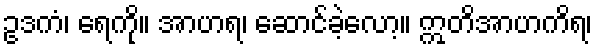
ဥဒကံ၊ ရေကို။ အာဟရ၊ ဆောင်ခဲ့လော့။ ဣတိအာဟကိရ၊